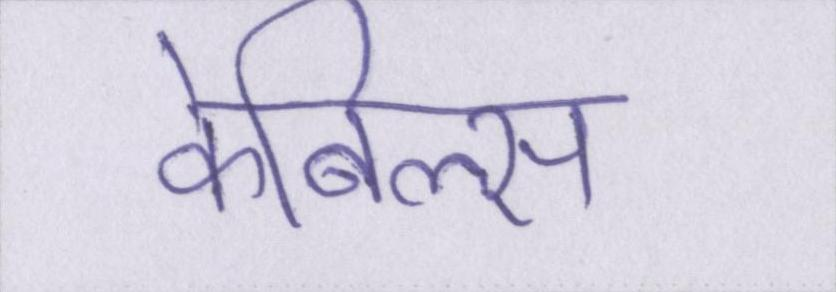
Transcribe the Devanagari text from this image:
केबिल्स